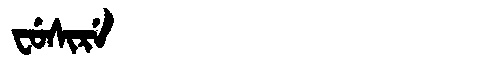
Manchu: ᠸᡠᠰᡳᡵᡝ
Romanization: FUSIRE